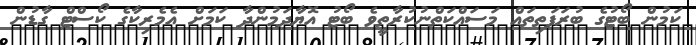
ކަމުން ބޯޓުގެ ބުރަފަތިތައް މަސައްކަތްނުކުރާތީވެ ބޯޓު އޮޔާދަމުންދާ ކަމަށް އެމެރިކާގެ ކޯސްޓް ގާޑުން